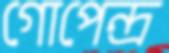
গোপেন্দ্র